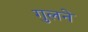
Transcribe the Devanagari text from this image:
गुलने